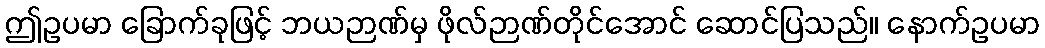
ဤဥပမာ ခြောက်ခုဖြင့် ဘယဉာဏ်မှ ဖိုလ်ဉာဏ်တိုင်အောင် ဆောင်ပြသည်။ နောက်ဥပမာ